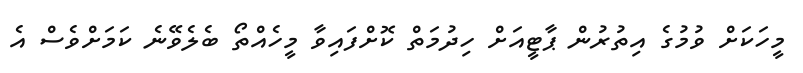
މީހަކަށް ވުމުގެ އިތުރުން ޕާޓީއަށް ހިދުމަތް ކޮށްފައިވާ މީހެއްތޯ ބެލެވޭނެ ކަމަށްވެސް އެ